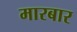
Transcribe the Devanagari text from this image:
मारबार